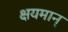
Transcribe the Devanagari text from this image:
क्षयमान्